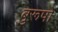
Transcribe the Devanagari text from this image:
बुरूषो